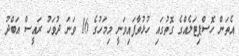
އެތަން ހޮސްޕިޓަލެއްގެ ގޮތުގައި ހުޅުވާފައިވަނީ މިމަހުގެ 16 ވަނަ ދުވަހު ރައީސް އަބްދު